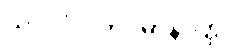
ယဝပါလကဝိမာနဝတ္ထု